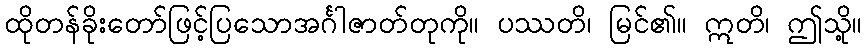
ထိုတန်ခိုးတော်ဖြင့်ပြသောအင်္ဂါဇာတ်တုကို။ ပဿတိ၊ မြင်၏။ ဣတိ၊ ဤသို့။